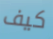
كيف